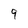
Character: 9